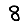
Digit: 8